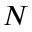
N